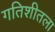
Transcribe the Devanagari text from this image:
गतिशीतला